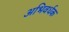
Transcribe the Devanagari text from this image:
अभिवर्धक